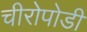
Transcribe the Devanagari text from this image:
चीरोपोडी